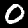
Label: 0